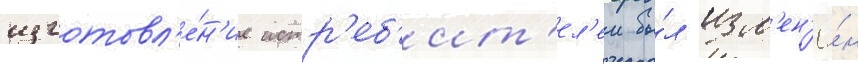
изготовл'е́н'ие истр'еб'ит'ел'еи бы́л изм'ен'ё́н